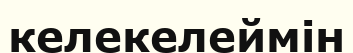
келекелеймін